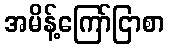
အမိန့်ကြော်ငြာစာ